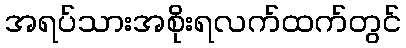
အရပ်သားအစိုးရလက်ထက်တွင်